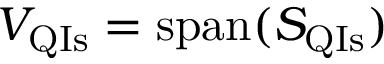
V _ { \mathrm { Q I s } } = \operatorname { s p a n } ( S _ { \mathrm { Q I s } } )